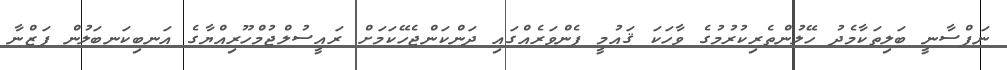
ނަފްސާނީ ބަލިތަކާމެދު ހޭލުންތެރިކުރުމުގެ ވާހަކަ ޤައުމީ ފެންވަރެއްގައި ދަންކަންޖެހޭކަމަށް ރައީސުލްޖުމްހޫރިއްޔާގެ އަނބިކަނބަލުން ފަޒްނާ